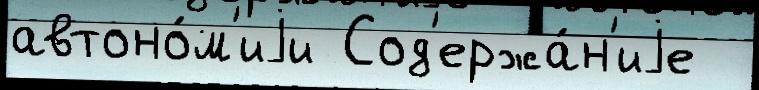
автоно́м'иjи Сод'ержа́н'иjе